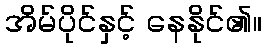
အိမ်ပိုင်နှင့် နေနိုင်၏။